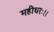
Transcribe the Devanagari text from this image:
महीधरः।।